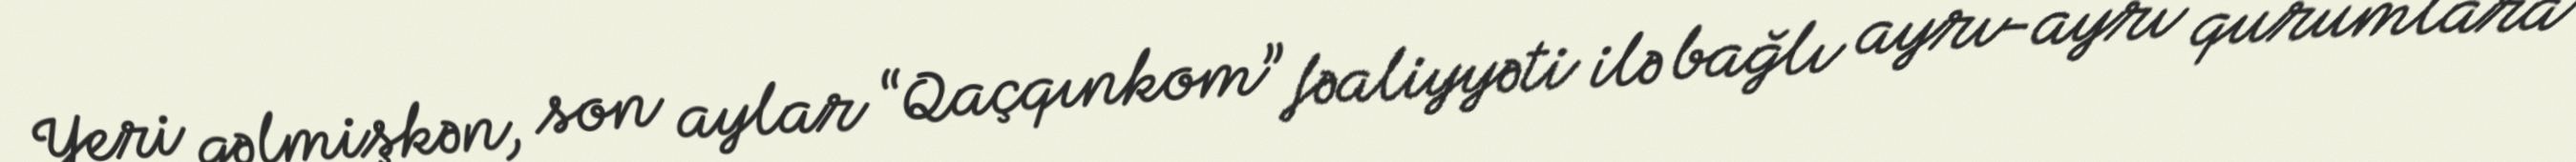
Yeri gəlmişkən, son aylar “Qaçqınkom” fəaliyyəti ilə bağlı ayrı-ayrı qurumlara